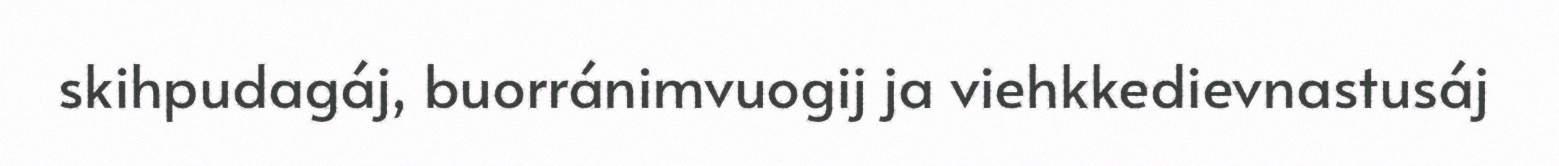
skihpudagáj, buorránimvuogij ja viehkkedievnastusáj